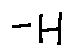
- H